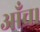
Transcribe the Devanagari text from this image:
आँच।